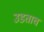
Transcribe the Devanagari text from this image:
उडताच